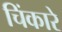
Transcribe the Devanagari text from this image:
चिंकारे